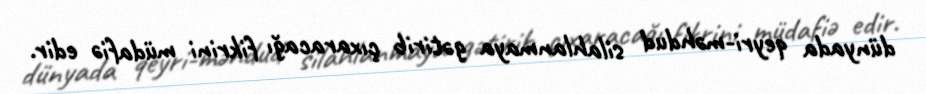
dünyada qeyri-məhdud silahlanmaya gətirib çıxaracağı fikrini müdafiə edir.